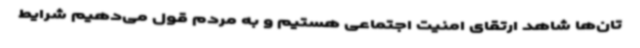
تان‌ها شاهد ارتقای امنیت اجتماعی هستیم و به مردم قول می‌دهیم شرایط